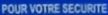
POUR VOTRE SECURITE